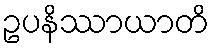
ဥပနိဿာယာတိ